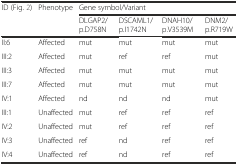
<table><thead><tr><td rowspan="2"><b>ID (Fig. 2)</b></td><td rowspan="2"><b>Phenotype</b></td><td colspan="4"><b>Gene symbol/Variant</b></td></tr><tr><td><b>DLGAP2/p.D758N</b></td><td><b>DSCAML1/p.I1742N</b></td><td><b>DNAH10/p.V3539M</b></td><td><b>DNM2/p.R719W</b></td></tr></thead><tbody><tr><td>II:6</td><td>Affected</td><td>mut</td><td>mut</td><td>mut</td><td>mut</td></tr><tr><td>III:2</td><td>Affected</td><td>mut</td><td>ref</td><td>ref</td><td>mut</td></tr><tr><td>III:3</td><td>Affected</td><td>mut</td><td>mut</td><td>mut</td><td>mut</td></tr><tr><td>III:7</td><td>Affected</td><td>mut</td><td>mut</td><td>mut</td><td>mut</td></tr><tr><td>IV:1</td><td>Affected</td><td>nd</td><td>nd</td><td>nd</td><td>mut</td></tr><tr><td>III:1</td><td>Unaffected</td><td>mut</td><td>ref</td><td>ref</td><td>ref</td></tr><tr><td>IV:2</td><td>Unaffected</td><td>mut</td><td>ref</td><td>ref</td><td>ref</td></tr><tr><td>IV:3</td><td>Unaffected</td><td>ref</td><td>nd</td><td>ref</td><td>ref</td></tr><tr><td>IV:4</td><td>Unaffected</td><td>ref</td><td>nd</td><td>ref</td><td>ref</td></tr></tbody></table>